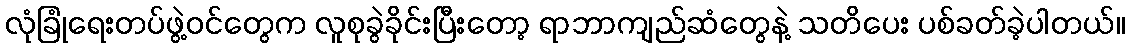
လုံခြုံရေးတပ်ဖွဲ့ဝင်တွေက လူစုခွဲခိုင်းပြီးတော့ ရာဘာကျည်ဆံတွေနဲ့ သတိပေး ပစ်ခတ်ခဲ့ပါတယ်။